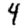
Digit: 4